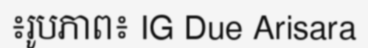
៖រូបភាព៖ IG Due Arisara